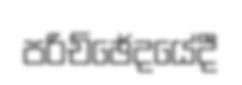
පරිච්ඡේදයේදී